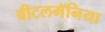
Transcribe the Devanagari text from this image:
बीटलमॅनिया